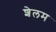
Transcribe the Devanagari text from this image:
शेलम